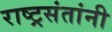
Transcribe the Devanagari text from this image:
राष्ट्रसंतांनी